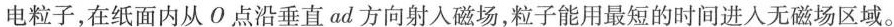
电粒子，在纸面内从O点沿垂直ad方向射入磁场，粒子能用最短的时间进入无磁场区域。